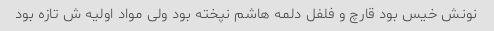
نونش خیس بود قارچ و فلفل دلمه هاشم نپخته بود ولی مواد اولیه ش تازه بود